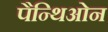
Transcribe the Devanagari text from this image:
पैन्थिओन